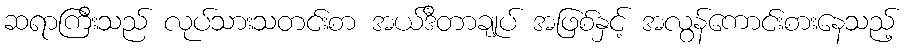
ဆရာကြီးသည် လုပ်သားသတင်းစာ အယ်ဒီတာချုပ် အဖြစ်နှင့် အလွန်ကောင်းစားနေသည့်